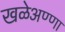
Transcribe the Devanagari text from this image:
खळेअण्णा